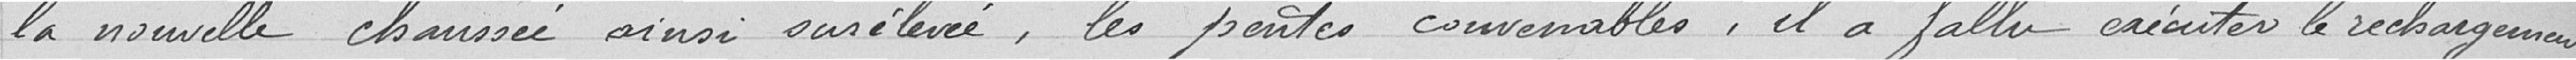
la nouvelle chaussée ainsi surélevée, les pentes convenables, il a fallu exécuter le rechargement